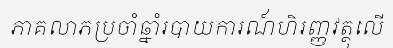
ភាគលាភប្រចាំឆ្នាំរបាយការណ៍ហិរញ្ញវត្ថុលើ